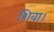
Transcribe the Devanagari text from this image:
शिवा।